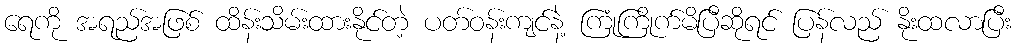
ရေကို အရည်အဖြစ် ထိန်းသိမ်းထားနိုင်တဲ့ ပတ်ဝန်းကျင်နဲ့ ကြုံကြိုက်မိပြီဆိုရင် ပြန်လည် နိုးထလာပြီး